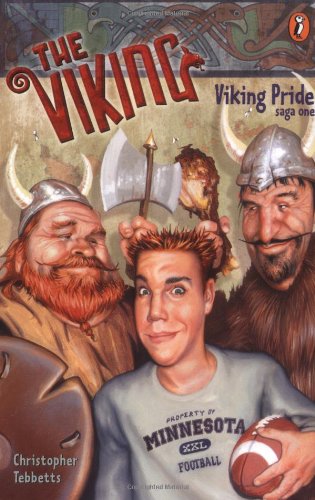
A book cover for Viking Pride (The Viking Saga, Book 1); Christopher Tebbetts; Children's Books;